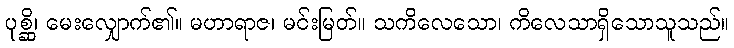
ပုစ္ဆိ၊ မေးလျှောက်၏။ မဟာရာဇ၊ မင်းမြတ်။ သကိလေသော၊ ကိလေသာရှိသောသူသည်။